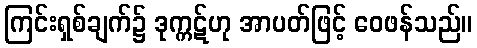
ကြင်းရှစ်ချက်၌ ဒုက္ကဋ်ဟု အာပတ်ဖြင့် ဝေဖန်သည်။